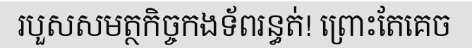
របួសសមត្ថកិច្ចកងទ័ពរន្ធត់! ព្រោះតែគេច